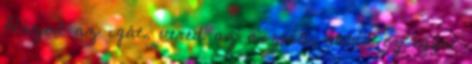
Húzod az igát, vered az asztalt, nálad ez egyre